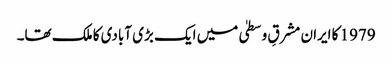
1979 کا ایران مشرقِ وسطیٰ میں ایک بڑی آبادی کا ملک تھا۔